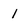
Character: 1